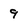
Character: 9